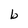
Character: b